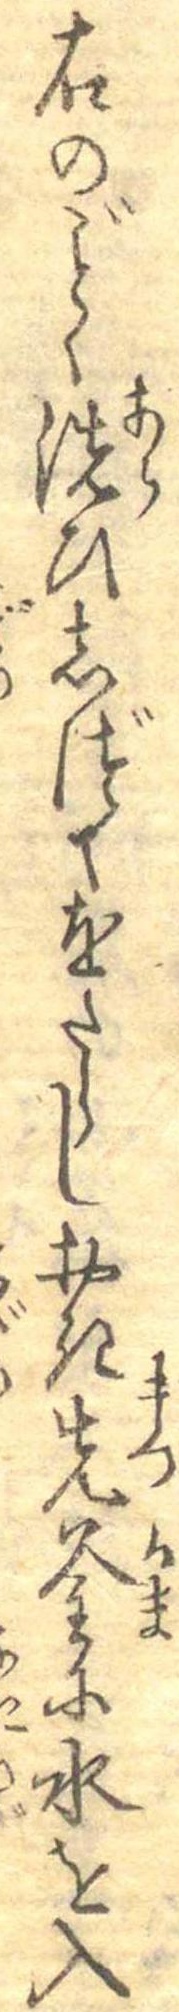
右のごとく洗ひしづくをたらしおき先釜に水を入